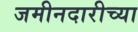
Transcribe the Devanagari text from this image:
जमीनदारीच्या